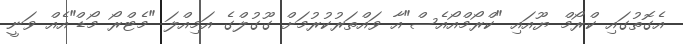
އެގޮތުގައި ކްރޯމް ޔޫއައި "ކްރޯމްއޯއެސް"އާ ވައްތަރުކުރުމަށް ގޫގުލްގެ އަމިއްލަ "މެޓްރޯ މޯޑް"އެއް ވަނީ